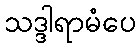
သဒ္ဒါရာမံပေ